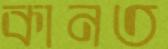
কানত